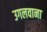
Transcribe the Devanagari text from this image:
उगलवाना